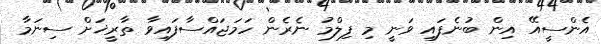
އެންސީއޭ އިން ބުނެފައި ވަނީ މި ފިލްމު ނެރެން ހަމަޖައްސާފައިވާ ތާރީޚަށް ސިނަމާ